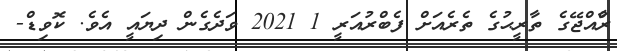
ރާްއްޖޭގެ ތާރީޙުގެ ތެރެއަށް ފެބްރުއަރީ 1 2021 ވަދެގެން ދިޔައީ އެވެ. ކޮވިޑް-